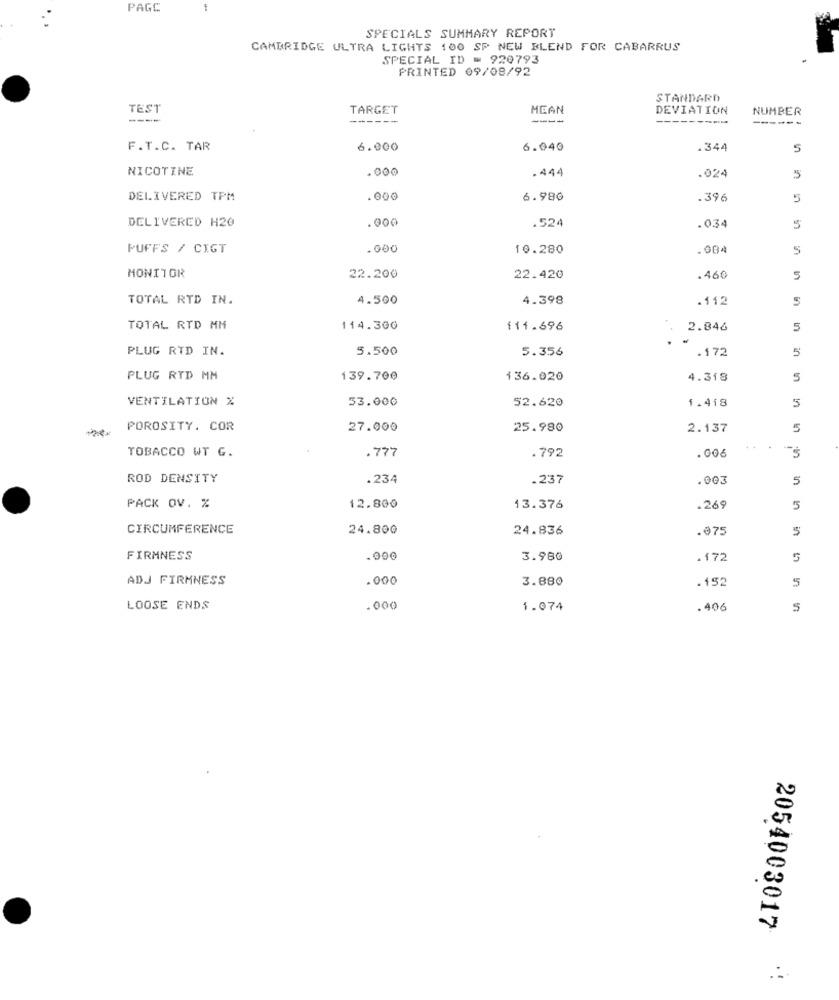
PAGC
SPECIALS SUMMARY REPORT
CAMBRIDGE ULTRA LIGHTS 100 SP NEW BLEND FOR CABARRUS
SPECIAL ID = 920793
PRINTED 09/08/92
STANDARD
TEST
TARGET
MEAN
DEVIATION
NUMBER
----
----
-----
-----
F.T.C. TAR
6.000
6.040
.344
5
NICOTINE
.000
.444
.024
5
DELIVERED TPM
.000
6.980
.396
5
DELIVERED H20
.000
.52
.034
5
PUFFS / CIGT
. 000
10.280
.004
5
MONITOR
22.200
22.420
.460
5
TOTAL RTD IN.
4.500
4.398
.112
5
TOTAL RTD MM
114.300
111.696
2.846
5
PLUG RID IN.
5.500
5.356
.172
5
PLUG RYD MM
139.700
136.020
4.318
5
VENTILATION %
53.000
1.418
52.620
5
-
POROSITY. COR
27.000
25.980
2.137
5
.777
.792
.Go
TOBACCO WT G.
ROD DENSITY
.234
.23
.003
5
PACK OV. %
12.800
13.376
.269
5
CIRCUMFERENCE
24.800
24.836
.€75
FIRMNESS
. 000
3.980
.172
5
ADJ FIRMNESS
.000
3.88
.152
5
LOOSE ENDS
.000
1.074
. 406
5
2054003017